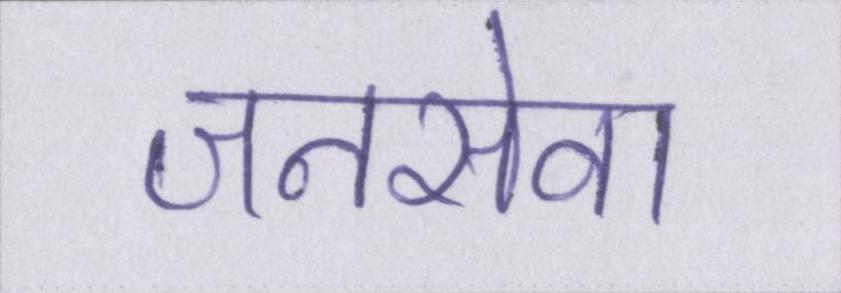
जनसेवा